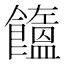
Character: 𩟤